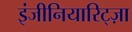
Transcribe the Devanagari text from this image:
इंजीनियारिट्ज़ा